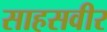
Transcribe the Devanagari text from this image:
साहसवीर